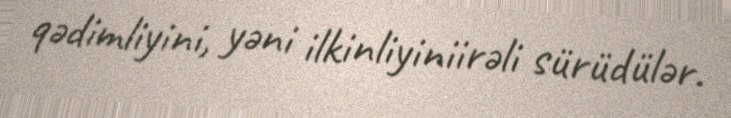
qədimliyini, yəni ilkinliyiniirəli sürüdülər.